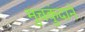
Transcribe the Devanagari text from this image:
मुचकुंदाने